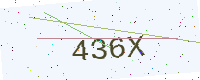
Text: 436X